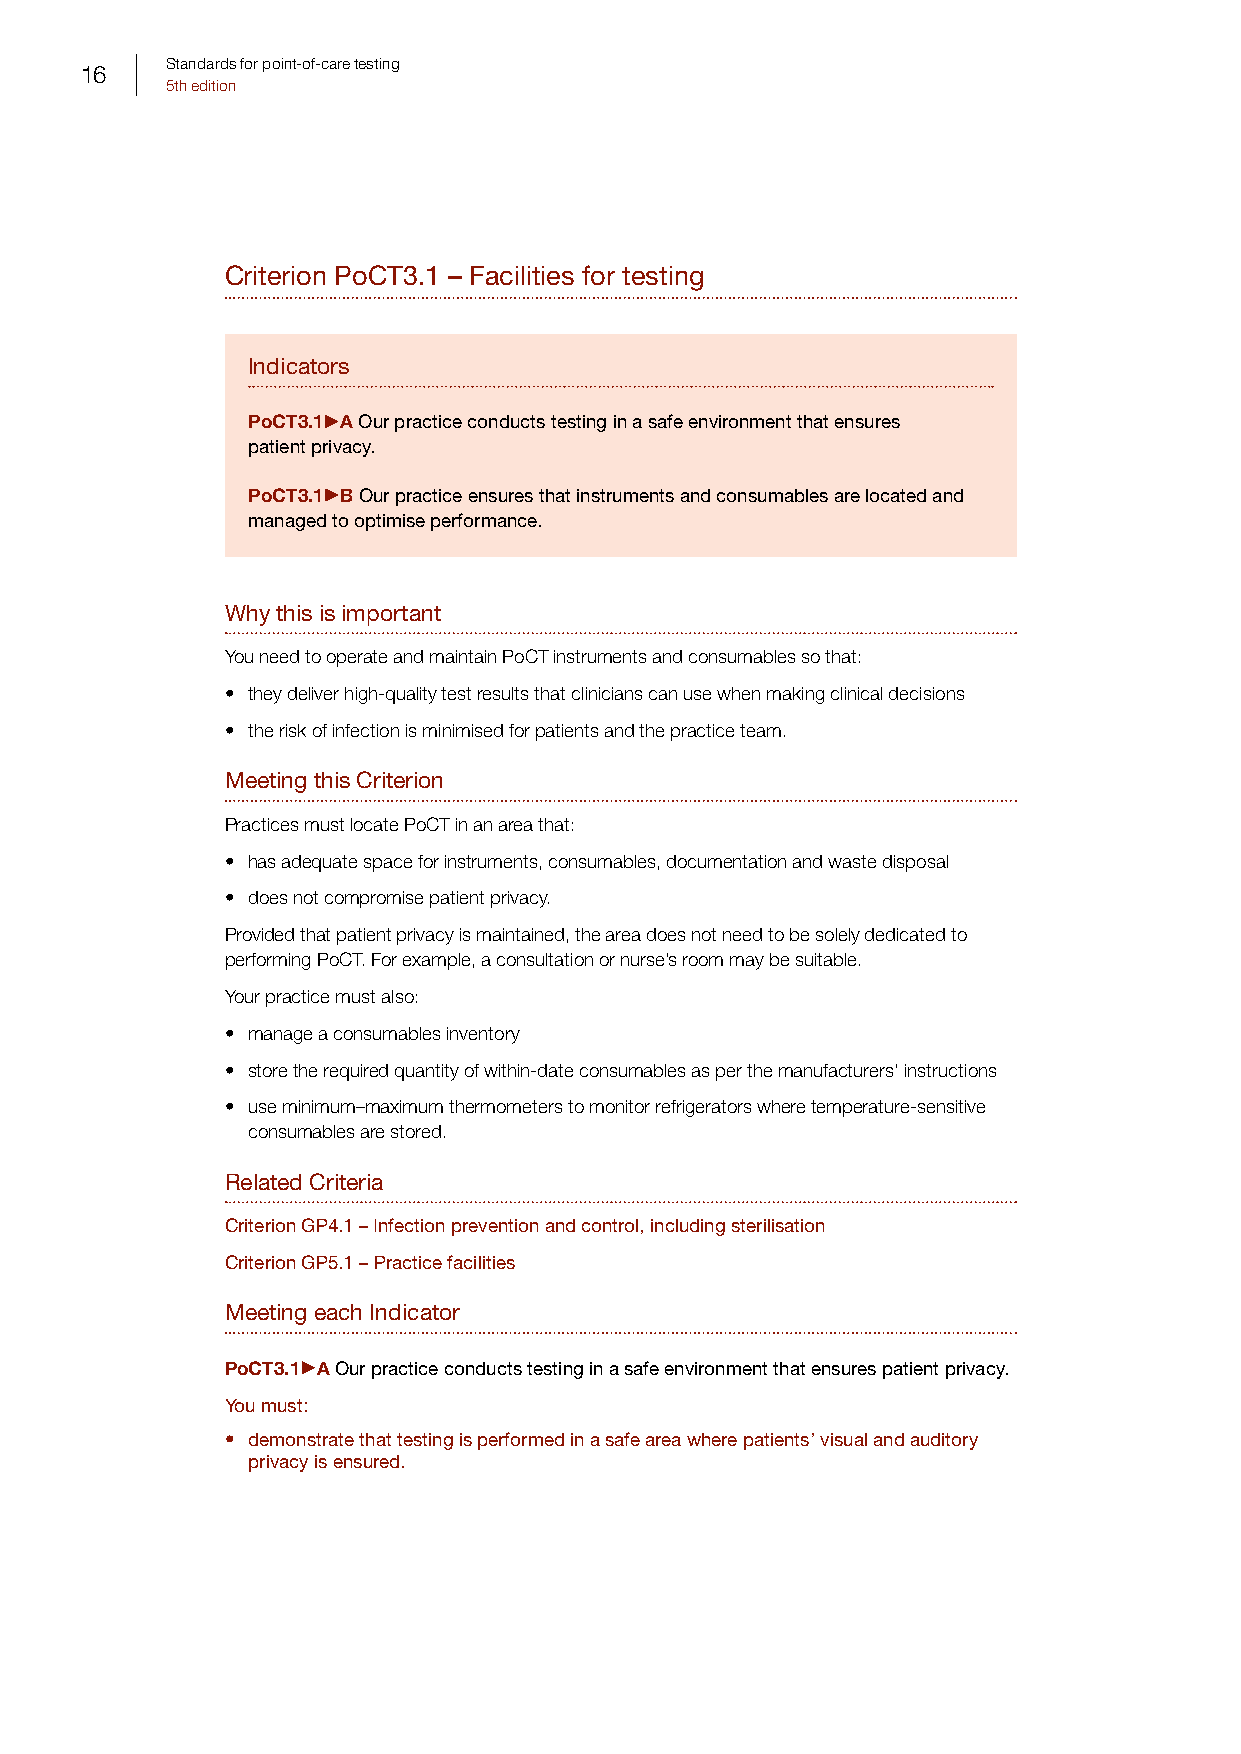
Standards for point-of-care testing
 16
 5th edition
 Criterion PoCT3.1 – Facilities for testing
 Indicators
 PoCT3.1 A Our practice conducts testing in a safe environment that ensures
 patient privacy.
 PoCT3.1 B Our practice ensures that instruments and consumables are located and
 managed to optimise performance.
 Why this is important
 You need to operate and maintain PoCT instruments and consumables so that:
 • they deliver high-quality test results that clinicians can use when making clinical decisions
 • the risk of infection is minimised for patients and the practice team.
 Meeting this Criterion
 Practices must locate PoCT in an area that:
 • has adequate space for instruments, consumables, documentation and waste disposal
 • does not compromise patient privacy.
 Provided that patient privacy is maintained, the area does not need to be solely dedicated to
 performing PoCT. For example, a consultation or nurse’s room may be suitable.
 Your practice must also:
 • manage a consumables inventory
 • store the required quantity of within-date consumables as per the manufacturers’ instructions
 • use minimum–maximum thermometers to monitor refrigerators where temperature-sensitive
 consumables are stored.
 Related Criteria
 Criterion GP4.1 – Infection prevention and control, including sterilisation
 Criterion GP5.1 – Practice facilities
 Meeting each Indicator
 PoCT3.1 A Our practice conducts testing in a safe environment that ensures patient privacy.
 You must:
 • demonstrate that testing is performed in a safe area where patients’ visual and auditory
 privacy is ensured.